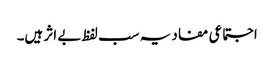
اجتماعی مفاد یہ سب لفظ بے اثر ہیں۔